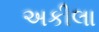
અકીલા